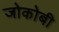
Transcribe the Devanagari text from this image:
जोकोबी